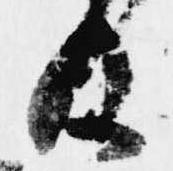
及